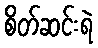
စိတ်ဆင်းရဲ